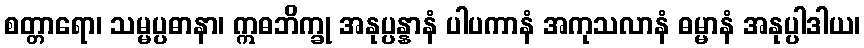
စတ္တာရော၊ သမ္မပ္ပဓာနာ၊ ဣဓဘိက္ခု အနုပ္ပန္နာနံ ပါပကာနံ အကုသလာနံ ဓမ္မာနံ အနုပ္ပါဒါယ၊